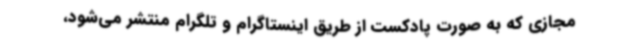
مجازی که به صورت پادکست از طریق اینستاگرام و تلگرام منتشر می‌شود،